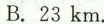
B. 23 km.